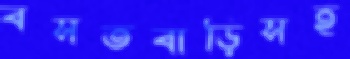
বসতবাড়িসহ